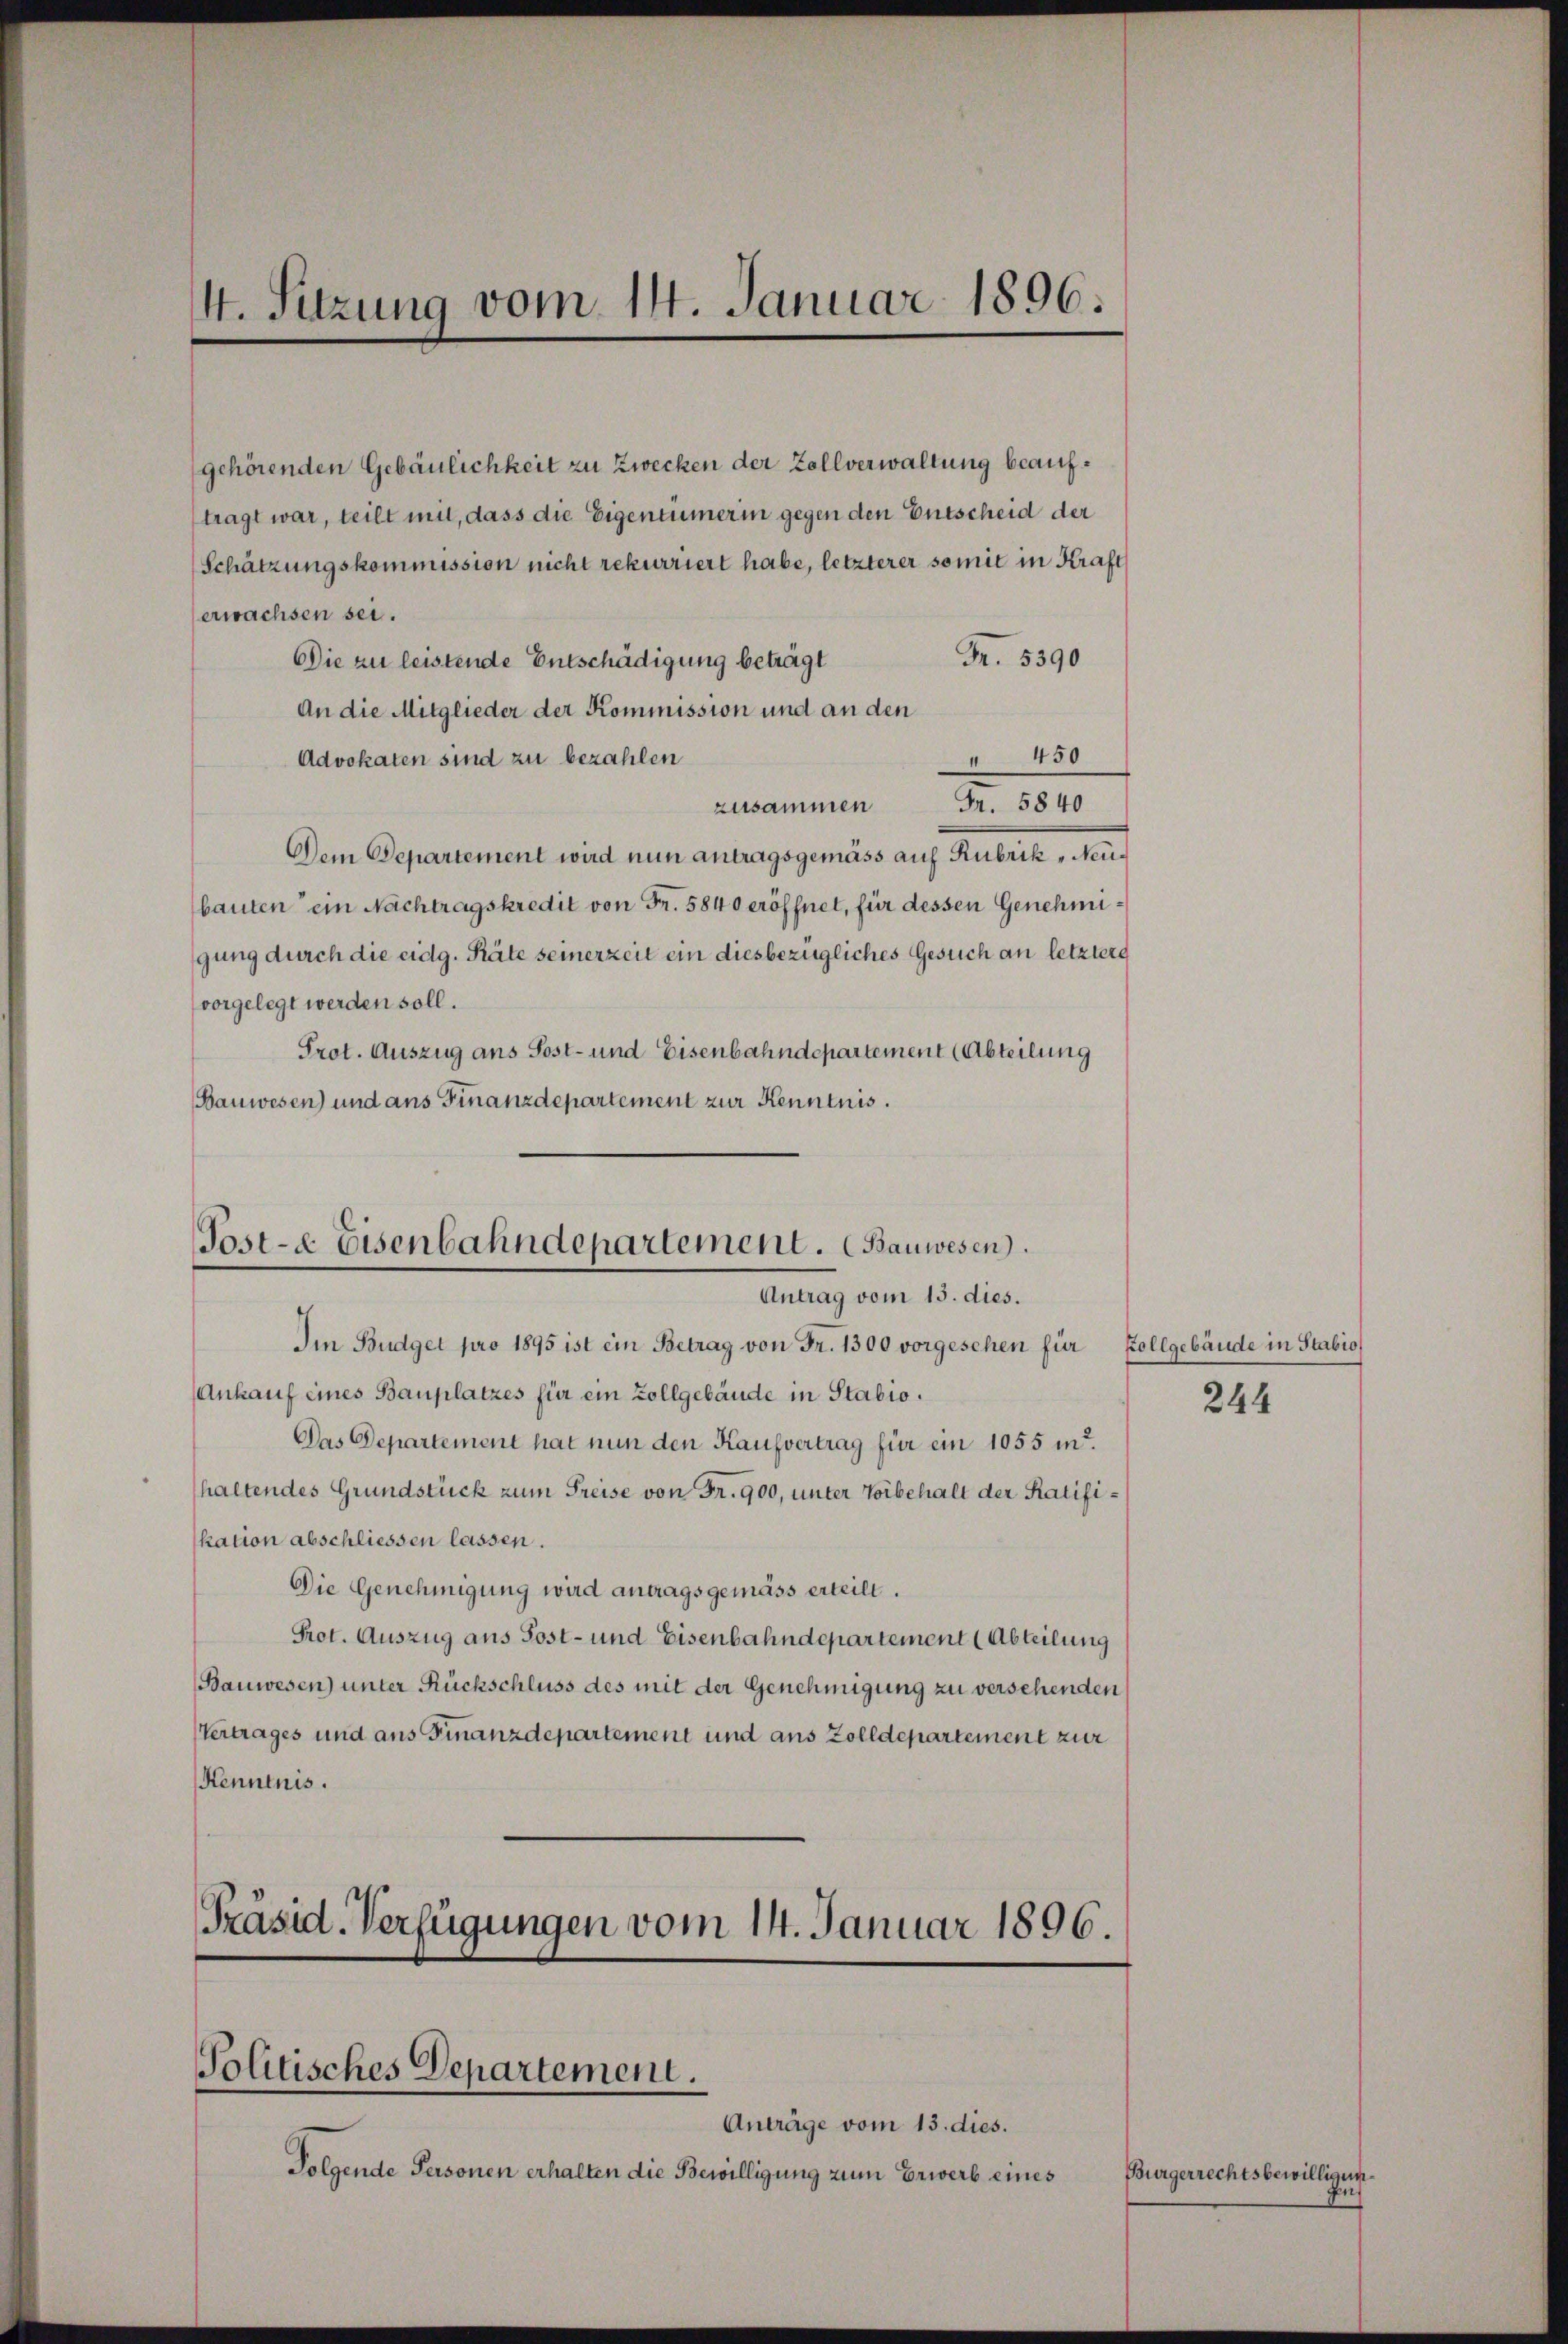
4. Sitzung vom 14. Januar 1896.

gehörenden Gebäulichkeit zu Zwecken der Zollverwaltung beauftragt war, teilt mit, dass die Eigentümerin gegen den Entscheid der
Schätzungskommission nicht rekurriert habe, letzterer somit in Kraft
erwachsen sei.
Fr. 5390
Die zu leistende Entschädigung beträgt
An die Mitglieder der Kommission und an den
 450
Advokaten sind zu bezahlen
zusammen Fr. 5840
Dem Departement wird nun antragsgemäss auf Rubrik „Neubauten ein Nachtragskredit von Fr. 5840 eröffnet, für dessen Genehmigung durch die eidg. Räte seinerzeit ein diesbezügliches Gesuch an letzter
vorgelegt werden soll.
Prot. Auszug ans Post- und Eisenbahndepartement (Abteilung
Bauwesen) und ans Finanzdepartement zur Kenntnis.

Post-e Eisenbahndepartement. (Bauwesen.
Antrag vom 15. dies.

Im Budget pro 1895 ist ein Betrag von Fr. 1300 vorgesehen für Zollgebäude in Stabio
Ankauf eines Bauplatzes für ein Zollgebäude in Stabio.
Das Departement hat nun den Kaufvertrag für ein 1055 i.
haltendes Grundstück zum Preise von Fr. 900, unter Vorbehalt der Ratifikation abschliessen lassen.
Die Genehmigung wird antragsgemäss erteilt.
Prot. Auszug aus Post- und Eisenbahndepartement (Abteilung
Bauwesen) unter Rückschluss des mit der Genehmigung zu versehenden
Vertrages und aus Finanzdepartement und aus Zolldepartement zur
Kenntnis.

Präsid. Verfügungen vom 14. Januar 1896.
Politisches Departement.

Anträge vom 13. dies.
Folgende Personen erhalten die Bewilligung zum Erwerb eines

244

Bürgerrechtsbewilligun¬
Guh